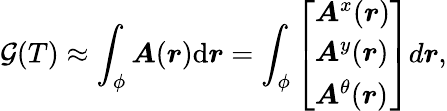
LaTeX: \mathcal{G}(T)\approx\int_{\phi}{\boldsymbol{A}(\boldsymbol{r})\mathrm{{d}}\boldsymbol{r}}=\int_{\phi}\left[\begin{array}{l}{\boldsymbol{A}^{x}(\boldsymbol{r})}\\ {\boldsymbol{A}^{y}(\boldsymbol{r})}\\ {\boldsymbol{A}^{\theta}(\boldsymbol{r})}\end{array}\right]d\boldsymbol{r},